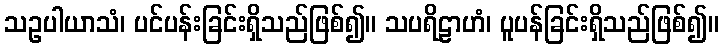
သဥပါယာသံ၊ ပင်ပန်းခြင်းရှိသည်ဖြစ်၍။ သပရိဠာဟံ၊ ပူပန်ခြင်းရှိသည်ဖြစ်၍။